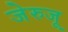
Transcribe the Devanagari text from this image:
जेरुजू